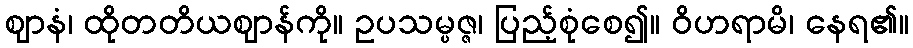
ဈာနံ၊ ထိုတတိယဈာန်ကို။ ဥပသမ္ပဇ္ဇ၊ ပြည့်စုံစေ၍။ ဝိဟရာမိ၊ နေရ၏။